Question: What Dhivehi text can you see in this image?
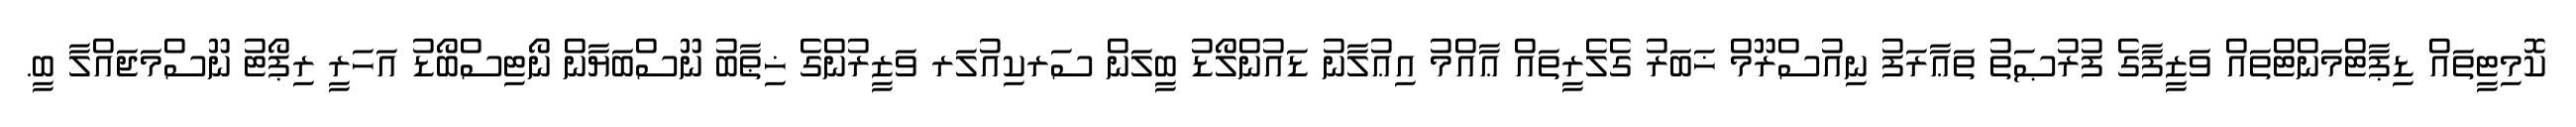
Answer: ކޮމިޓީތައް ޑިޕާޓްމަންޓްތައް ވަޒީފާގެ ފުރުޞަތު ތަޢާރަފު ނިއުސްރޫމް ޚަބަރު ގެލެރީތައް ޢާއްމު އިޢުލާނު ޑައުންލޯޑު ބީލަން ސަރކިއުލަރ ވަޒީރުންގެ ޚިޠާބު ނޫސްބަޔާން ނޯޓިސްބޯޑު އަހަރީ ރިޕޯޓު ނޫސްމަޖައްލާ ބީ.